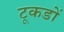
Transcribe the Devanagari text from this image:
टूकडों